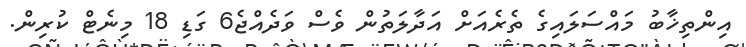
އިންތިޚާބު މައްސަލައިގެ ތެރެއަށް އަދާލަތުން ވެސް ވަދެއްޖެ6 ގަޑި 18 މިނެޓް ކުރިން.